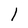
Character: l